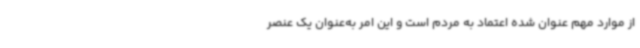
از موارد مهم عنوان‌ شده اعتماد به مردم است و این امر به‌عنوان یک عنصر